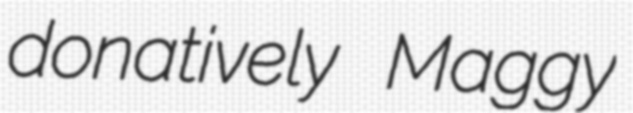
donatively Maggy